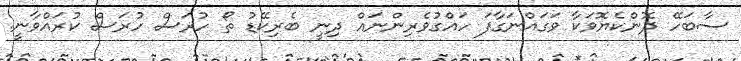
ސާބަހޭ ދޮންކެޔޮވަކާ ވަގައްނަގާފަ ހައްގުވެރިންނައް ދިނީ ބެރިކޭޑު ތޯ ހުރަސް ހުރަސް ކުރައްވާނީ.